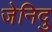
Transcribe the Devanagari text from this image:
जेनिदु